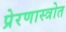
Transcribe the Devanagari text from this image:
प्रेरणास्‍त्रोत